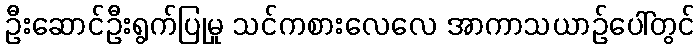
ဦးဆောင်ဦးရွက်ပြုမှု သင်ကစားလေလေ အာကာသယာဉ်ပေါ်တွင်